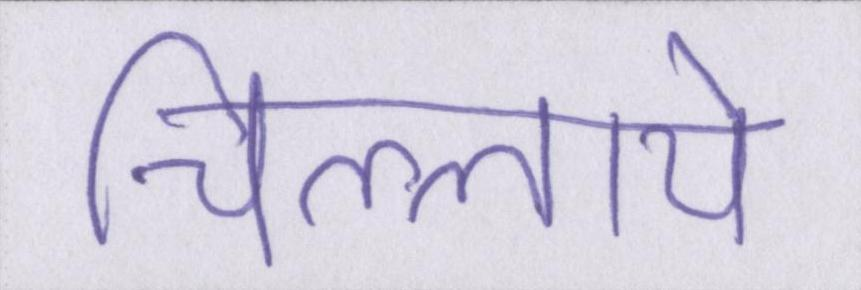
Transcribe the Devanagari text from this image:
चिल्लाये